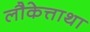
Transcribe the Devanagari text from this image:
लौकेत्ताथा